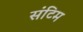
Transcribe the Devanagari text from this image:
संटिम